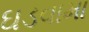
ઘડવામા